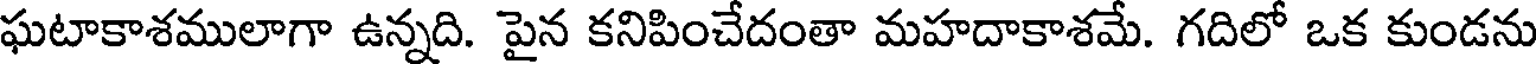
ఘటాకాశములాగా ఉన్నది. పైన కనిపించేదంతా మహదాకాశమే. గదిలో ఒక కుండను